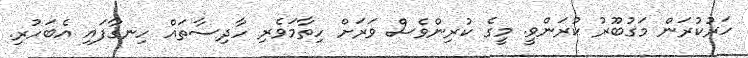
ހަރުކުރަން މަގުބޫރު ކުރަންވީ. މީގެ ކުރިންވެސް ވަރަށް ހިތާމަވެރި ހާދިސާތައް ހިނގާފައި އެބަހުރި.